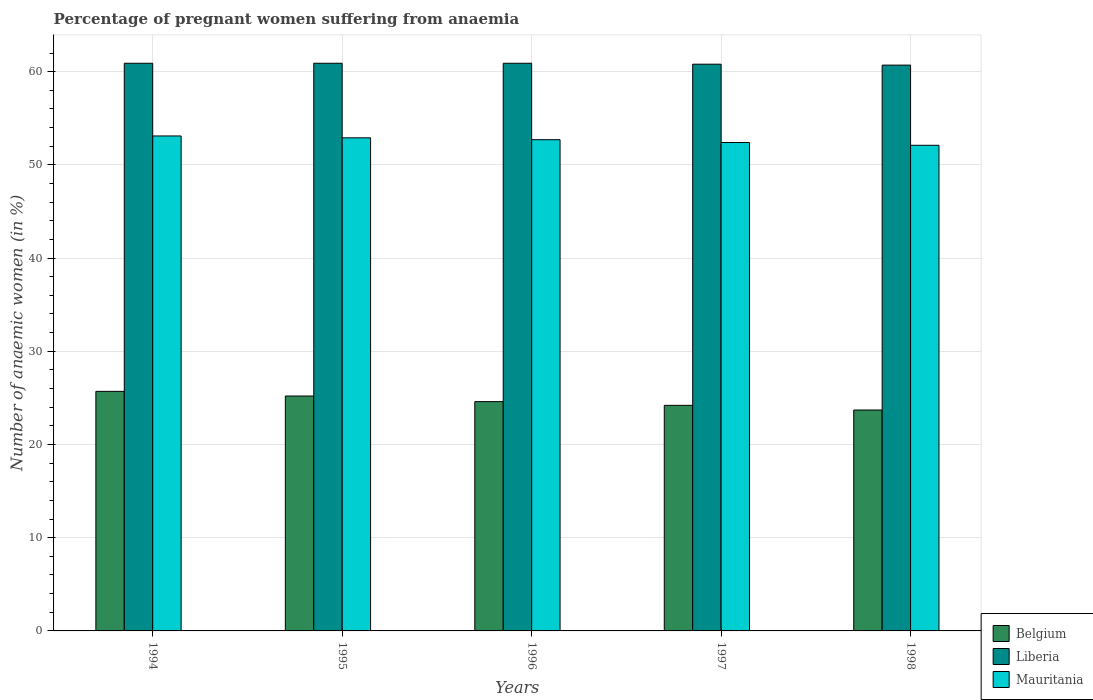
| Years | Belgium | Liberia | Mauritania |
 | --- | --- | --- | --- |
 | 1994 | 25.7 | 60.9 | 53.1 |
 | 1995 | 25.2 | 60.9 | 52.9 |
 | 1996 | 24.6 | 60.9 | 52.7 |
 | 1997 | 24.2 | 60.8 | 52.4 |
 | 1998 | 23.7 | 60.7 | 52.1 |